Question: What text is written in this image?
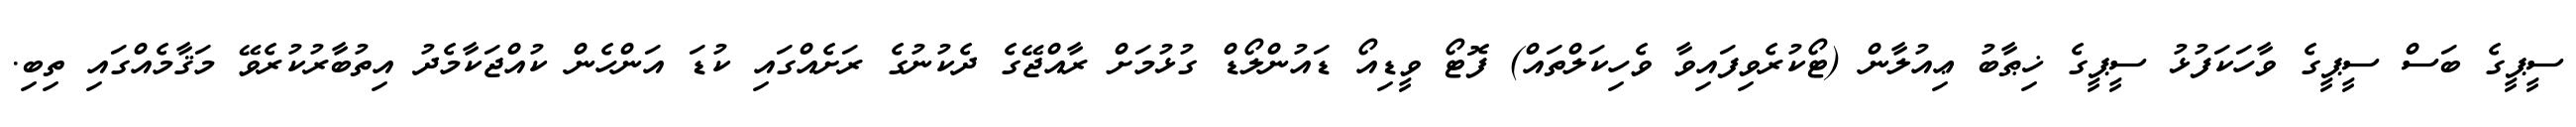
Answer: ސީޕީގެ ބަސް ސީޕީގެ ވާހަކަފުޅު ސީޕީގެ ޚިޠާބު ޢިއުލާން (ޓޯކުރެވިފައިވާ ވެހިކަލްތައް) ފޮޓޯ ވީޑިއޯ ޑައުންލޯޑް ގުޅުމަށް ރާއްޖޭގެ ދެކުނުގެ ރަށެއްގައި ކުޑަ އަންހެން ކުއްޖަކާމެދު އިތުބާރުކުރެވޭ މަޤާމެއްގައި ތިބި.